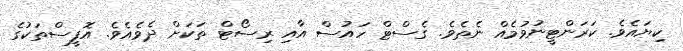
ކިޔައެވެ. ކަރަންޓީނުވުމެއް ނެތެވެ. ގެސްޓް ހައުސް އާއި ރިސޯޓް ތަކަށް ދެވެއެވެ. އޮފީސްތަކުގެ